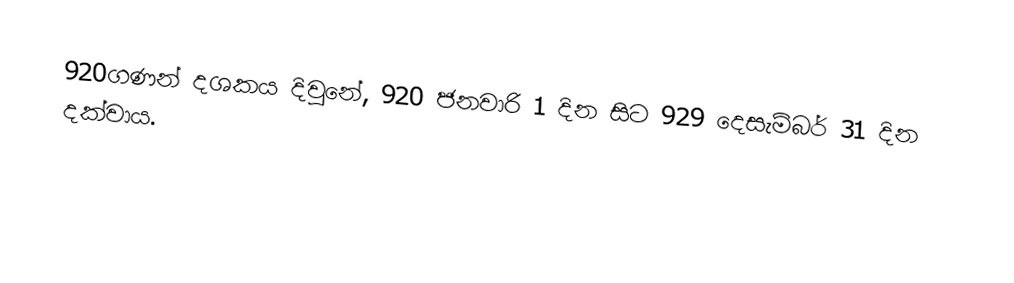
920ගණන් දශකය දිවුනේ, 920 ජනවාරි 1 දින සිට 929 දෙසැම්බර් 31 දින දක්වාය.